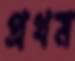
প্রথম